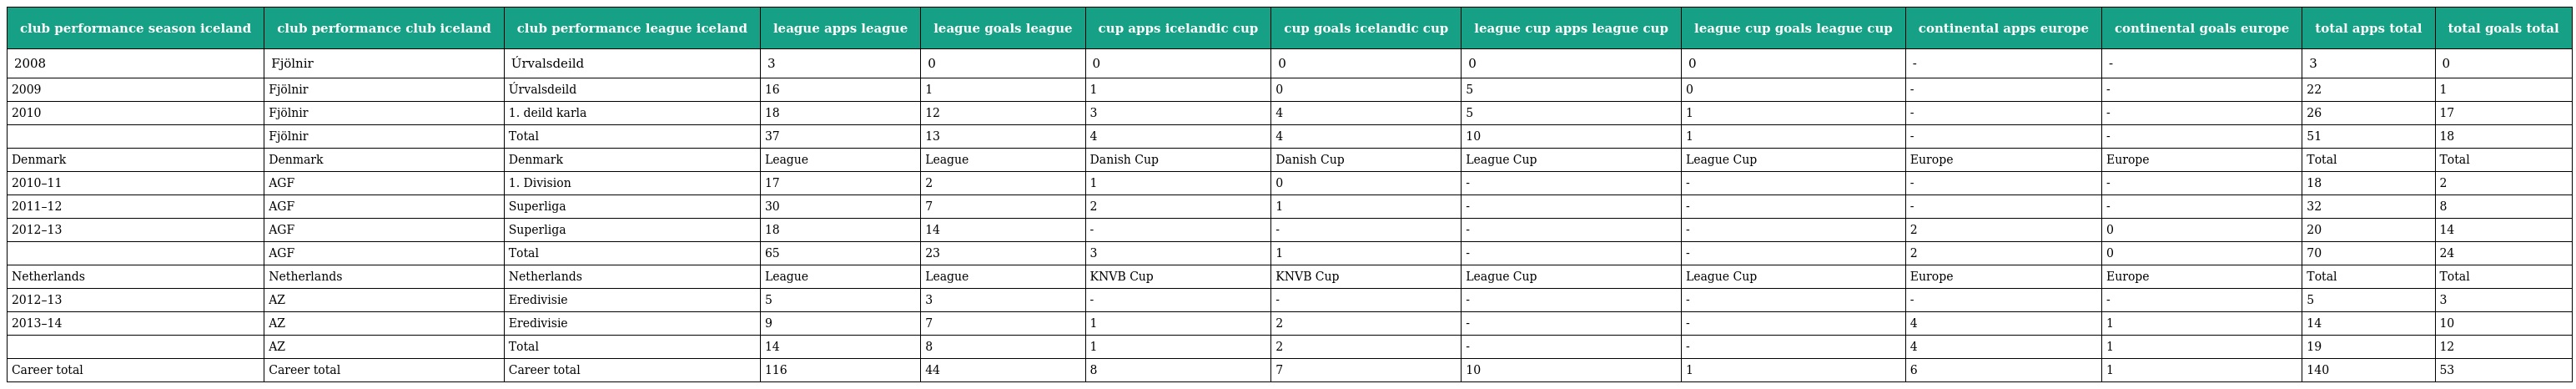
| club performance season iceland | club performance club iceland | club performance league iceland | league apps league | league goals league | cup apps icelandic cup | cup goals icelandic cup | league cup apps league cup | league cup goals league cup | continental apps europe | continental goals europe | total apps total | total goals total |
 | --- | --- | --- | --- | --- | --- | --- | --- | --- | --- | --- | --- | --- |
 | 2008 | Fjölnir | Úrvalsdeild | 3 | 0 | 0 | 0 | 0 | 0 | - | - | 3 | 0 |
 | 2009 | Fjölnir | Úrvalsdeild | 16 | 1 | 1 | 0 | 5 | 0 | - | - | 22 | 1 |
 | 2010 | Fjölnir | 1. deild karla | 18 | 12 | 3 | 4 | 5 | 1 | - | - | 26 | 17 |
 |  | Fjölnir | Total | 37 | 13 | 4 | 4 | 10 | 1 | - | - | 51 | 18 |
 | Denmark | Denmark | Denmark | League | League | Danish Cup | Danish Cup | League Cup | League Cup | Europe | Europe | Total | Total |
 | 2010–11 | AGF | 1. Division | 17 | 2 | 1 | 0 | - | - | - | - | 18 | 2 |
 | 2011–12 | AGF | Superliga | 30 | 7 | 2 | 1 | - | - | - | - | 32 | 8 |
 | 2012–13 | AGF | Superliga | 18 | 14 | - | - | - | - | 2 | 0 | 20 | 14 |
 |  | AGF | Total | 65 | 23 | 3 | 1 | - | - | 2 | 0 | 70 | 24 |
 | Netherlands | Netherlands | Netherlands | League | League | KNVB Cup | KNVB Cup | League Cup | League Cup | Europe | Europe | Total | Total |
 | 2012–13 | AZ | Eredivisie | 5 | 3 | - | - | - | - | - | - | 5 | 3 |
 | 2013–14 | AZ | Eredivisie | 9 | 7 | 1 | 2 | - | - | 4 | 1 | 14 | 10 |
 |  | AZ | Total | 14 | 8 | 1 | 2 | - | - | 4 | 1 | 19 | 12 |
 | Career total | Career total | Career total | 116 | 44 | 8 | 7 | 10 | 1 | 6 | 1 | 140 | 53 |